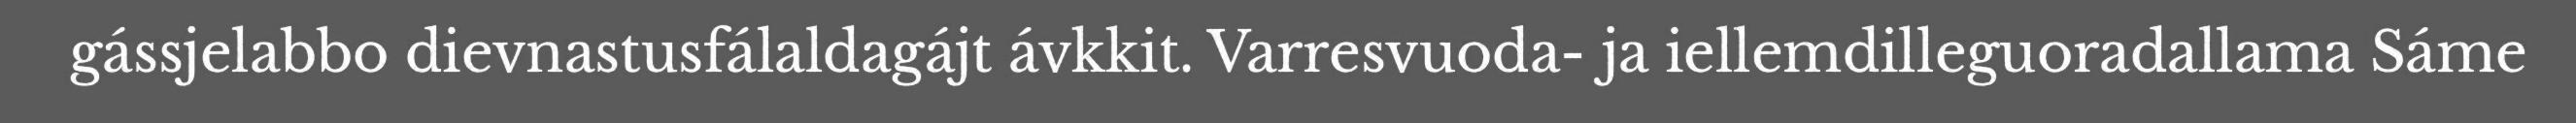
gássjelabbo dievnastusfálaldagájt ávkkit. Varresvuoda- ja iellemdilleguoradallama Sáme